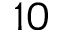
{ 1 0 }